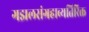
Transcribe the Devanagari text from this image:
गझलसंग्रहाव्यतिरिक्त